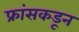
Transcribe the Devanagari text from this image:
फ्रांसकडून